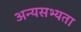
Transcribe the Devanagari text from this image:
अन्यसभ्यता